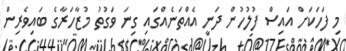
މި ފަހަކަށް އައިސް ފުލުހުން ދަނީ އެއްތަނެއްގައި ގިނަ ވަގުތު މުޒާހަރާގެ ބައިވެރިން